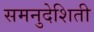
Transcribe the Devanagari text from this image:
समनुदेशिती